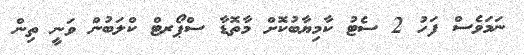
ނަމަވެސް ފަހު 2 ސެޓު ކާމިޔާބުކޮށް މާތޮޑާ ސްޕޯރޓް ކްލަބުން ވަނީ ތިން